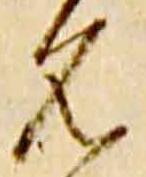
名